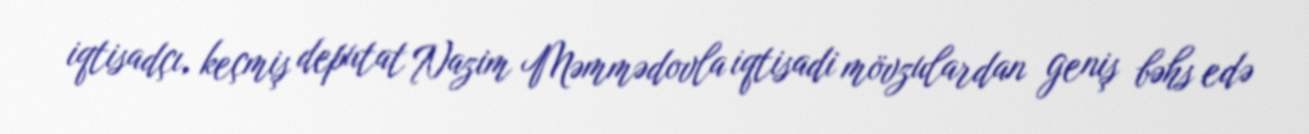
iqtisadçı, keçmiş deputat Nazim Məmmədovla iqtisadi mövzulardan geniş bəhs edə